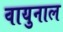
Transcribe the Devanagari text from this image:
वायुनाल